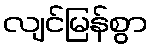
လျင်မြန်စွာ